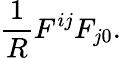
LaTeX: \frac{1}{R}F^{ij}F_{j0}.